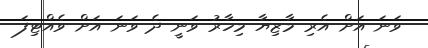
ވަނަ އަށް އެރި މާޒިޔާ މިހާރު ވަނީ ދެ ވަނަ އަށް ވެއްޓިފަ